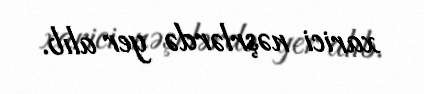
xarici nəşrlərdə yer alıb.